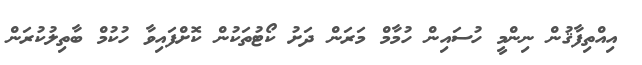
އިއްތިފާޤުން ނިންމީ ހުސައިން ހުމާމް މަރަން ދަށު ކޯޓުތަކުން ކޮށްފައިވާ ހުކުމް ބާތިލުކުރަން